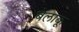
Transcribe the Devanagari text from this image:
बेलाकू